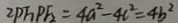
2 P F _ { 1 } P F _ { 2 } = 4 a ^ { 2 } - 4 c ^ { 2 } = 4 b ^ { 2 }